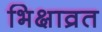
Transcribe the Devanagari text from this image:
भिक्षाव्रत